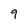
Character: 9